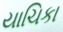
યાચિકા